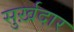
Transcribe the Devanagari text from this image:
सुर्ख़दार